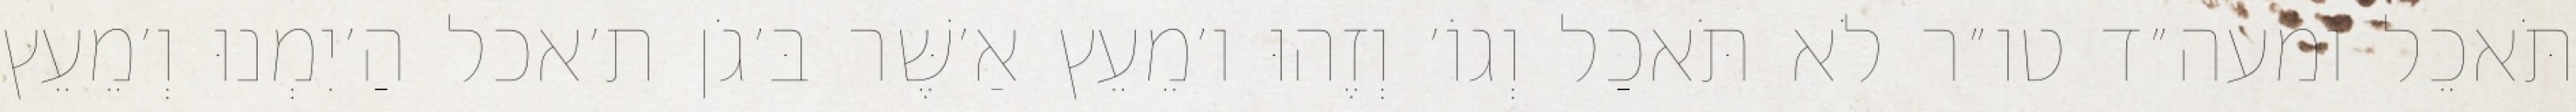
תֹּאכֵל ומעה״ד טו״ר לֹא תֹּאכַל וְגוֹ׳ וְזֶהוּ ו׳מֵעֵץ אַ׳שֶּׁר בּ׳גֹן ת׳אכל הַ׳יִמְנוּ וְ׳מֵעֵץ